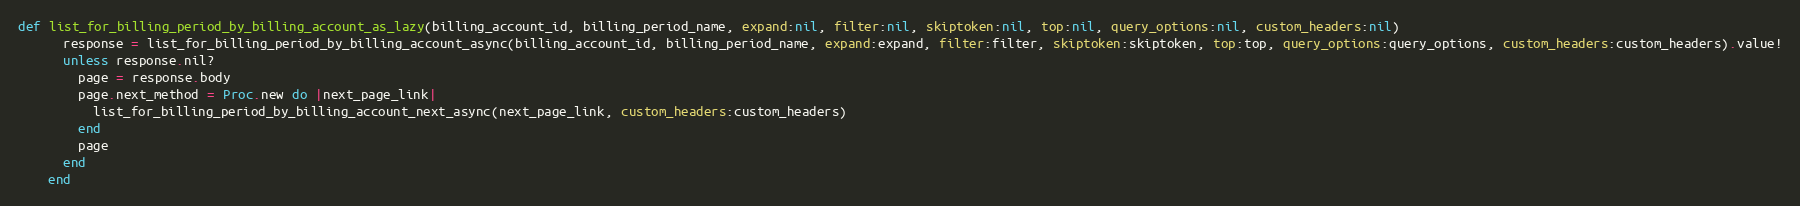
Language: Ruby
def list_for_billing_period_by_billing_account_as_lazy(billing_account_id, billing_period_name, expand:nil, filter:nil, skiptoken:nil, top:nil, query_options:nil, custom_headers:nil)
      response = list_for_billing_period_by_billing_account_async(billing_account_id, billing_period_name, expand:expand, filter:filter, skiptoken:skiptoken, top:top, query_options:query_options, custom_headers:custom_headers).value!
      unless response.nil?
        page = response.body
        page.next_method = Proc.new do |next_page_link|
          list_for_billing_period_by_billing_account_next_async(next_page_link, custom_headers:custom_headers)
        end
        page
      end
    end